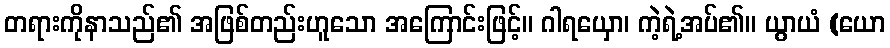
တရားကိုနာသည်၏ အဖြစ်တည်းဟူသော အကြောင်းဖြင့်။ ဂါရယှော၊ ကဲ့ရဲ့အပ်၏။ ယွာယံ (ယော